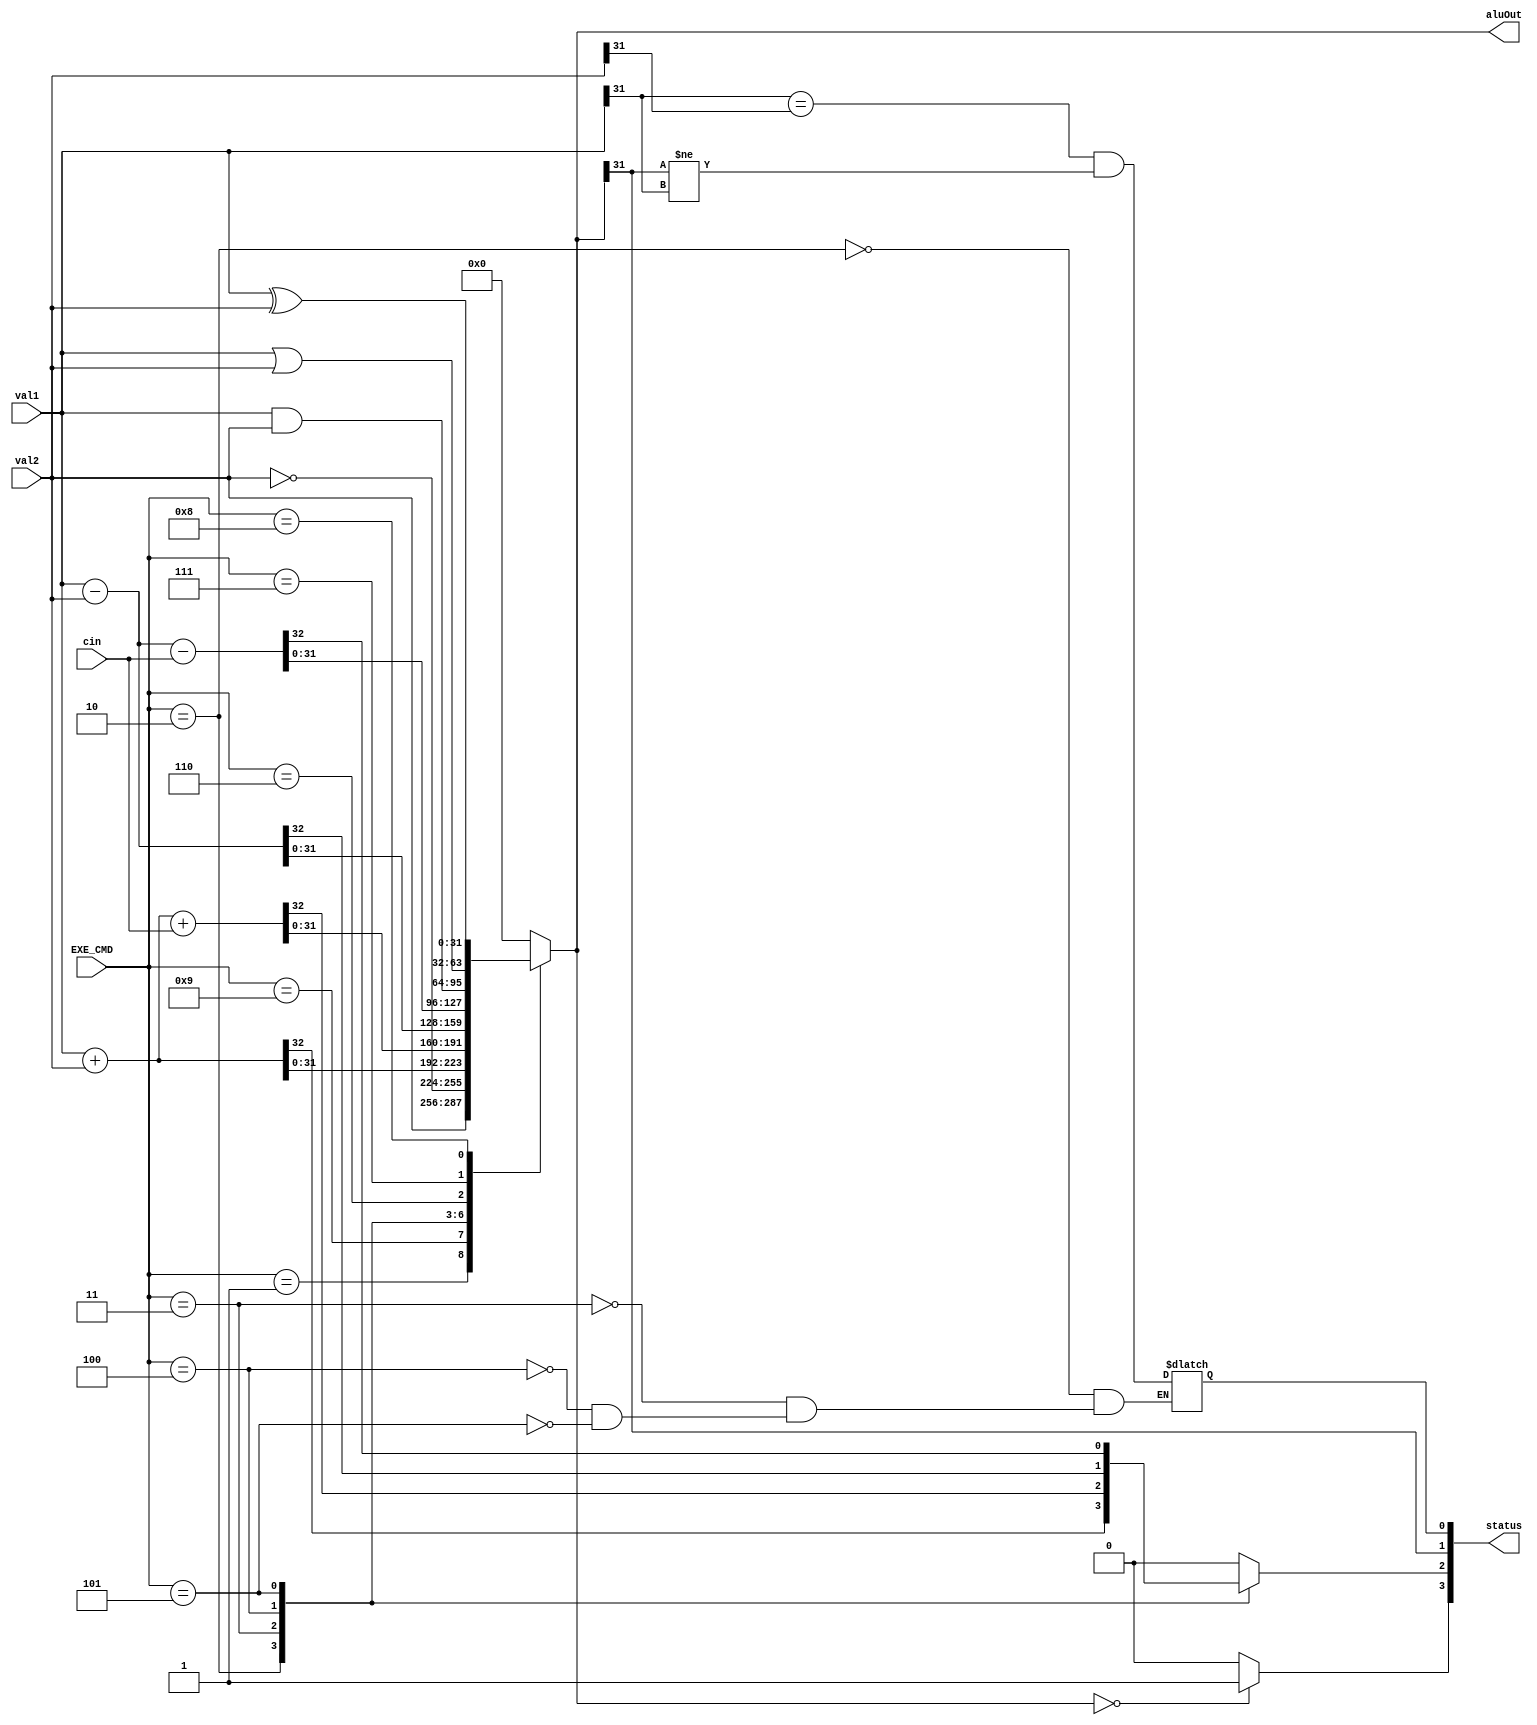
module ALU (
  input [31:0] val1, val2,
  input [3:0] EXE_CMD,
  input cin,
  output reg signed [31:0] aluOut,
  output reg [3:0] status
);

  always@(*) begin
    status <= 0;
    case (EXE_CMD)
	    4'b0001: aluOut <= val2;
      4'b1001: aluOut <= ~val2;
      4'b0010: begin {status[2], aluOut} <= val1 + val2; status[0] = (val1[31] == val2[31]) && (aluOut[31] != val1[31]); end
      4'b0011: begin {status[2], aluOut} <= val1 + val2 + {31'b0, cin}; status[0] = (val1[31] == val2[31]) && (aluOut[31] != val1[31]); end
      4'b0100: begin {status[2], aluOut} <= val1 - val2; status[0] = (val1[31] == val2[31]) && (aluOut[31] != val1[31]);end
	    4'b0101: begin {status[2], aluOut} <= val1 - val2 - cin; status[0] = (val1[31] == val2[31]) && (aluOut[31] != val1[31]);end
      4'b0110: aluOut <= val1 & val2;
      4'b0111: aluOut <= val1 | val2;
      4'b1000: aluOut <= val1 ^ val2;
      default: aluOut <= 0;
    endcase
  status[3] <= (aluOut == 32'b0) ? 1'b1 : 1'b0;
  status[1] <= (aluOut[31]);
  end
endmodule